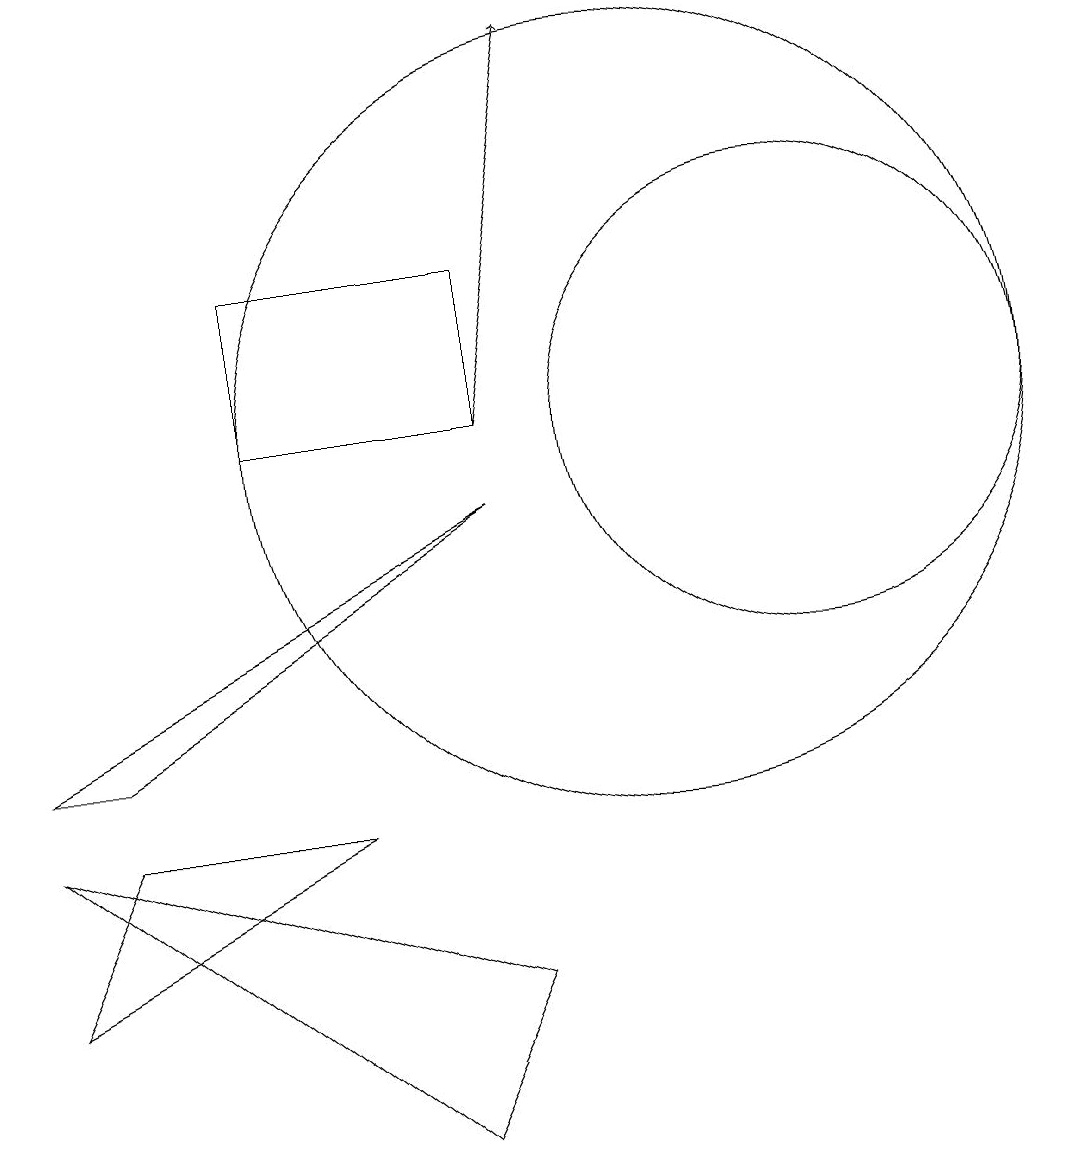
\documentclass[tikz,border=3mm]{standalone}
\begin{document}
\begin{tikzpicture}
\draw[->] (8,10) -- (9,15);
\draw (10,10) circle (5);
\draw (3,6) -- (8,9) -- (2,6) -- cycle;
\draw (7,1) -- (2,5) -- (8,3) -- cycle;
\draw (12,10) circle (3);
\draw (8,10) rectangle (5,12);
\draw (3,5) -- (2,3) -- (6,5) -- cycle;
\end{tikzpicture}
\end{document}